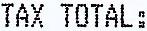
TAX TOTAL: